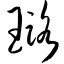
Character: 璐